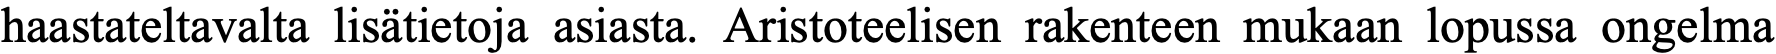
haastateltavalta lisätietoja asiasta. Aristoteelisen rakenteen mukaan lopussa ongelma